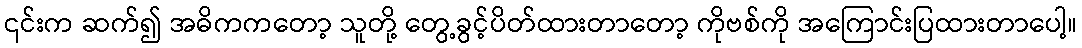
၎င်းက ဆက်၍ အဓိကကတော့ သူတို့ တွေ့ခွင့်ပိတ်ထားတာတော့ ကိုဗစ်ကို အကြောင်းပြထားတာပေါ့။